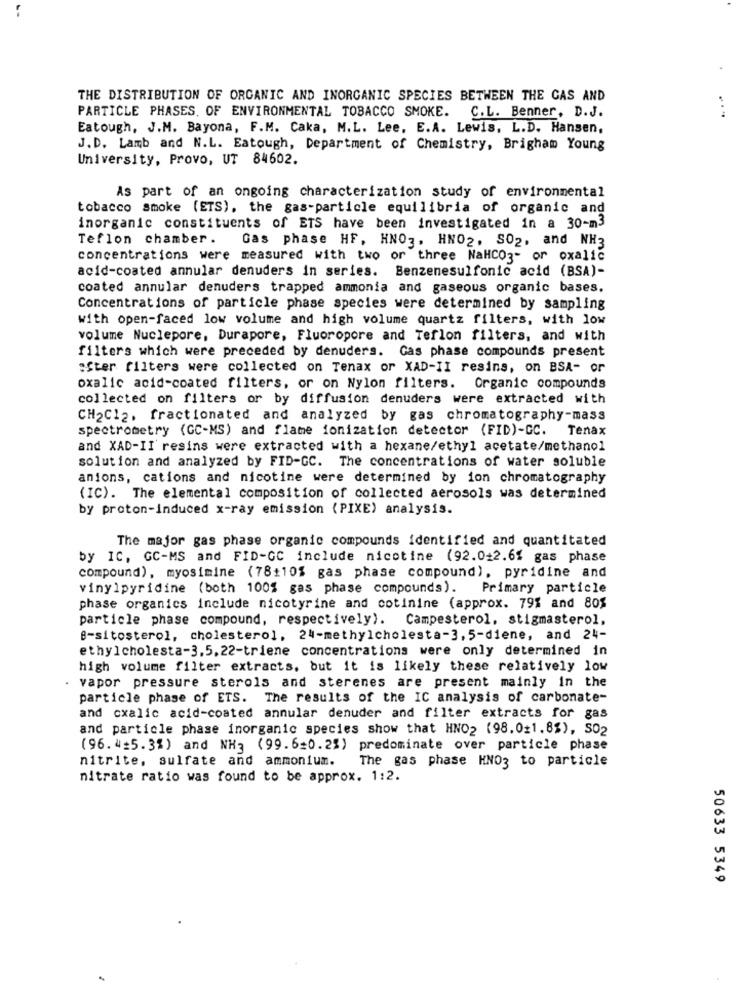
THE DISTRIBUTION OF ORGANIC AND INORGANIC SPECIES BETWEEN THE GAS AND
PARTICLE PHASES, OF ENVIRONMENTAL TOBACCO SMOKE. C.L. Benner, D.J.
Eatough, J.M. Bayona, F.M. Caka, M.L. Lee, E.A. Lewis, L.D. Hansen,
J.D. Lamb and N.L. Eatough, Department of Chemistry, Brigham Young
University, Provo, UT 84602.
As part of an ongoing characterization study of environmental
tobacco smoke (ETS), the gas-particle equilibria of organic and
inorganic constituents of ETS have been investigated in a 30-m3
Teflon chamber. Gas phase HF, HNO3. HNO2. SO2, and NH3
concentrations were measured with two or three NaHCO3- or oxalic
acid-coated annular denuders in series. Benzenesulfonic acid (BSA)-
coated annular denuders trapped ammonia and gaseous organic bases.
Concentrations of particle phase species were determined by sampling
with open-faced low volume and high volume quartz filters, with low
volume Nuclepore, Durapore, Fluoropore and Teflon filters, and with
filters which were preceded by denuders. Gas phase compounds present
:Ster filters were collected on Tenax or XAD-II resins, on BSA- or
oxalic acid-coated filters, or on Nylon filters. Organic compounds
collected on filters or by diffusion denuders were extracted with
CH2Cl2. fractionated and analyzed by gas chromatography-mass
spectrometry (GC-MS) and flame ionization detector (FID)-GC.
Tenax
and XAD-II resins were extracted with a hexane/ethyl acetate/methanol
solution and analyzed by FID-GC. The concentrations of water soluble
anions, cations and nicotine were determined by ion chromatography
(IC). The elemental composition of collected aerosols was determined
by proton-induced x-ray emission (PIXE) analysis.
The major gas phase organic compounds identified and quantitated
by IC, GC-MS and FID-GC include nicotine (92.0+2.61 gas phase
compound), myosimine (78+10% gas phase compound), pyridine and
vinylpyridine (both 100% gas phase compounds). Primary particle
phase organics include nicotyrine and cotinine (approx. 79% and 80%
particle phase compound, respectively). Campesterol, stigmasterol,
B-sitosterol, cholesterol, 24-methylcholesta-3,5-diene, and 24-
ethylcholesta-3.5. 22-triene concentrations were only determined in
high volume filter extracts, but it is likely these relatively low
.
vapor pressure sterols and sterenes are present mainly in the
particle phase of ETS. The results of the IC analysis of carbonate-
and cxalic acid-coated annular denuder and filter extracts for gas
and particle phase inorganic species show that HNO2 (98.011.8%), SO2
(96.4-5.3%) and NH; (99.6=0.2%) predominate over particle phase
nitrite, sulfate and ammonium.
The gas phase HN03 to particle
nitrate ratio was found to be approx. 1:2.
50633 5349